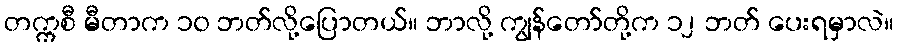
တက္ကစီ မီတာက ၁၀ ဘတ်လို့ပြောတယ်။ ဘာလို့ ကျွန်တော်တို့က ၁၂ ဘတ် ပေးရမှာလဲ။